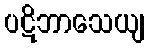
ပဋိဘာသေယျ